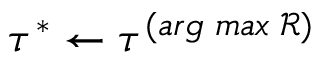
\tau ^ { * } \leftarrow \tau ^ { ( a r g \; m a x \; \mathcal { R } ) }